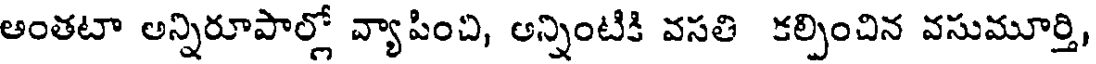
అంతటా అన్నిరూపాల్లో వ్యాపించి, అన్నింటికి వసతి కల్పించిన వసుమూర్తి,